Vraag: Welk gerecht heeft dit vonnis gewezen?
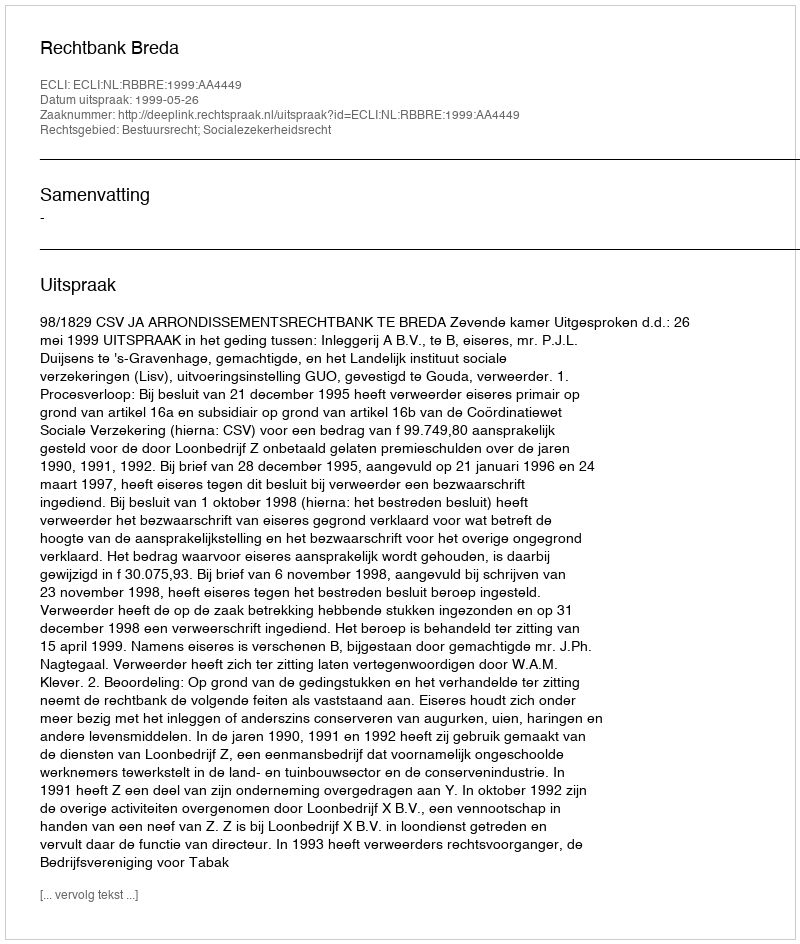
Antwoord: Rechtbank Breda